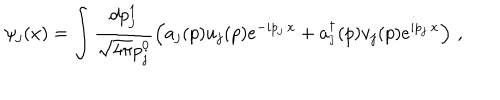
LaTeX: \psi _ { j } ( x ) = \int \frac { d p _ { j } ^ { 1 } } { \sqrt { 4 \pi } p _ { j } ^ { 0 } } \left( a _ { j } ( p ) u _ { j } ( p ) e ^ { - i p _ { j } \cdot x } + a _ { _ { \bar { \jmath } } } ^ { \dagger } ( p ) v _ { j } ( p ) e ^ { i p _ { j } \cdot x } \right) \, , \qquad